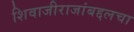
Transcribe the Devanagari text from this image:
शिवाजीराजांबद्दलचा